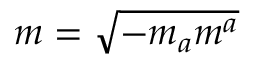
m = \sqrt { - m _ { a } m ^ { a } }